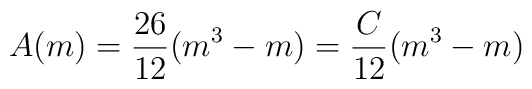
A(m)=\frac{26}{12}(m^3-m) = \frac{C}{12}(m^{3}-m)